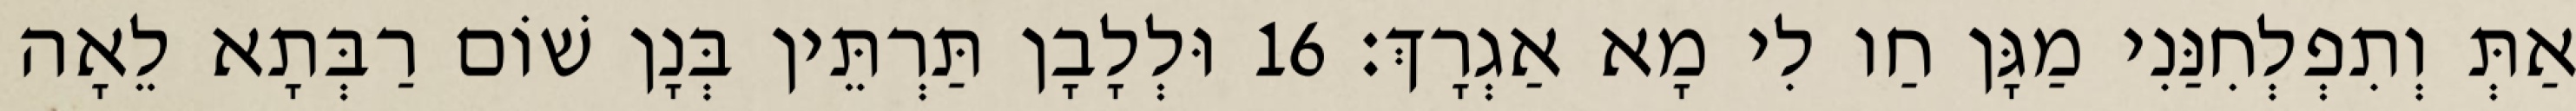
אַתְּ וְתִפְלְחִנַּנִי מַגָּן חַו לִי מָא אַגְרָךְ׃ 16 וּלְלָבָן תַּרְתֵּין בְּנָן שׁוֹם רַבְּתָא לֵאָה